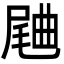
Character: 𣍁